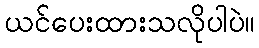
ယင်ပေးထားသလိုပါပဲ။